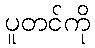
ပူတင်ကို